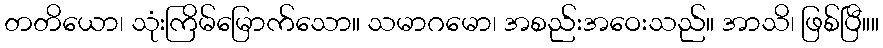
တတိယော၊ သုံးကြိမ်မြောက်သော။ သမာဂမော၊ အစည်းအဝေးသည်။ အာသိ၊ ဖြစ်ပြီ။။